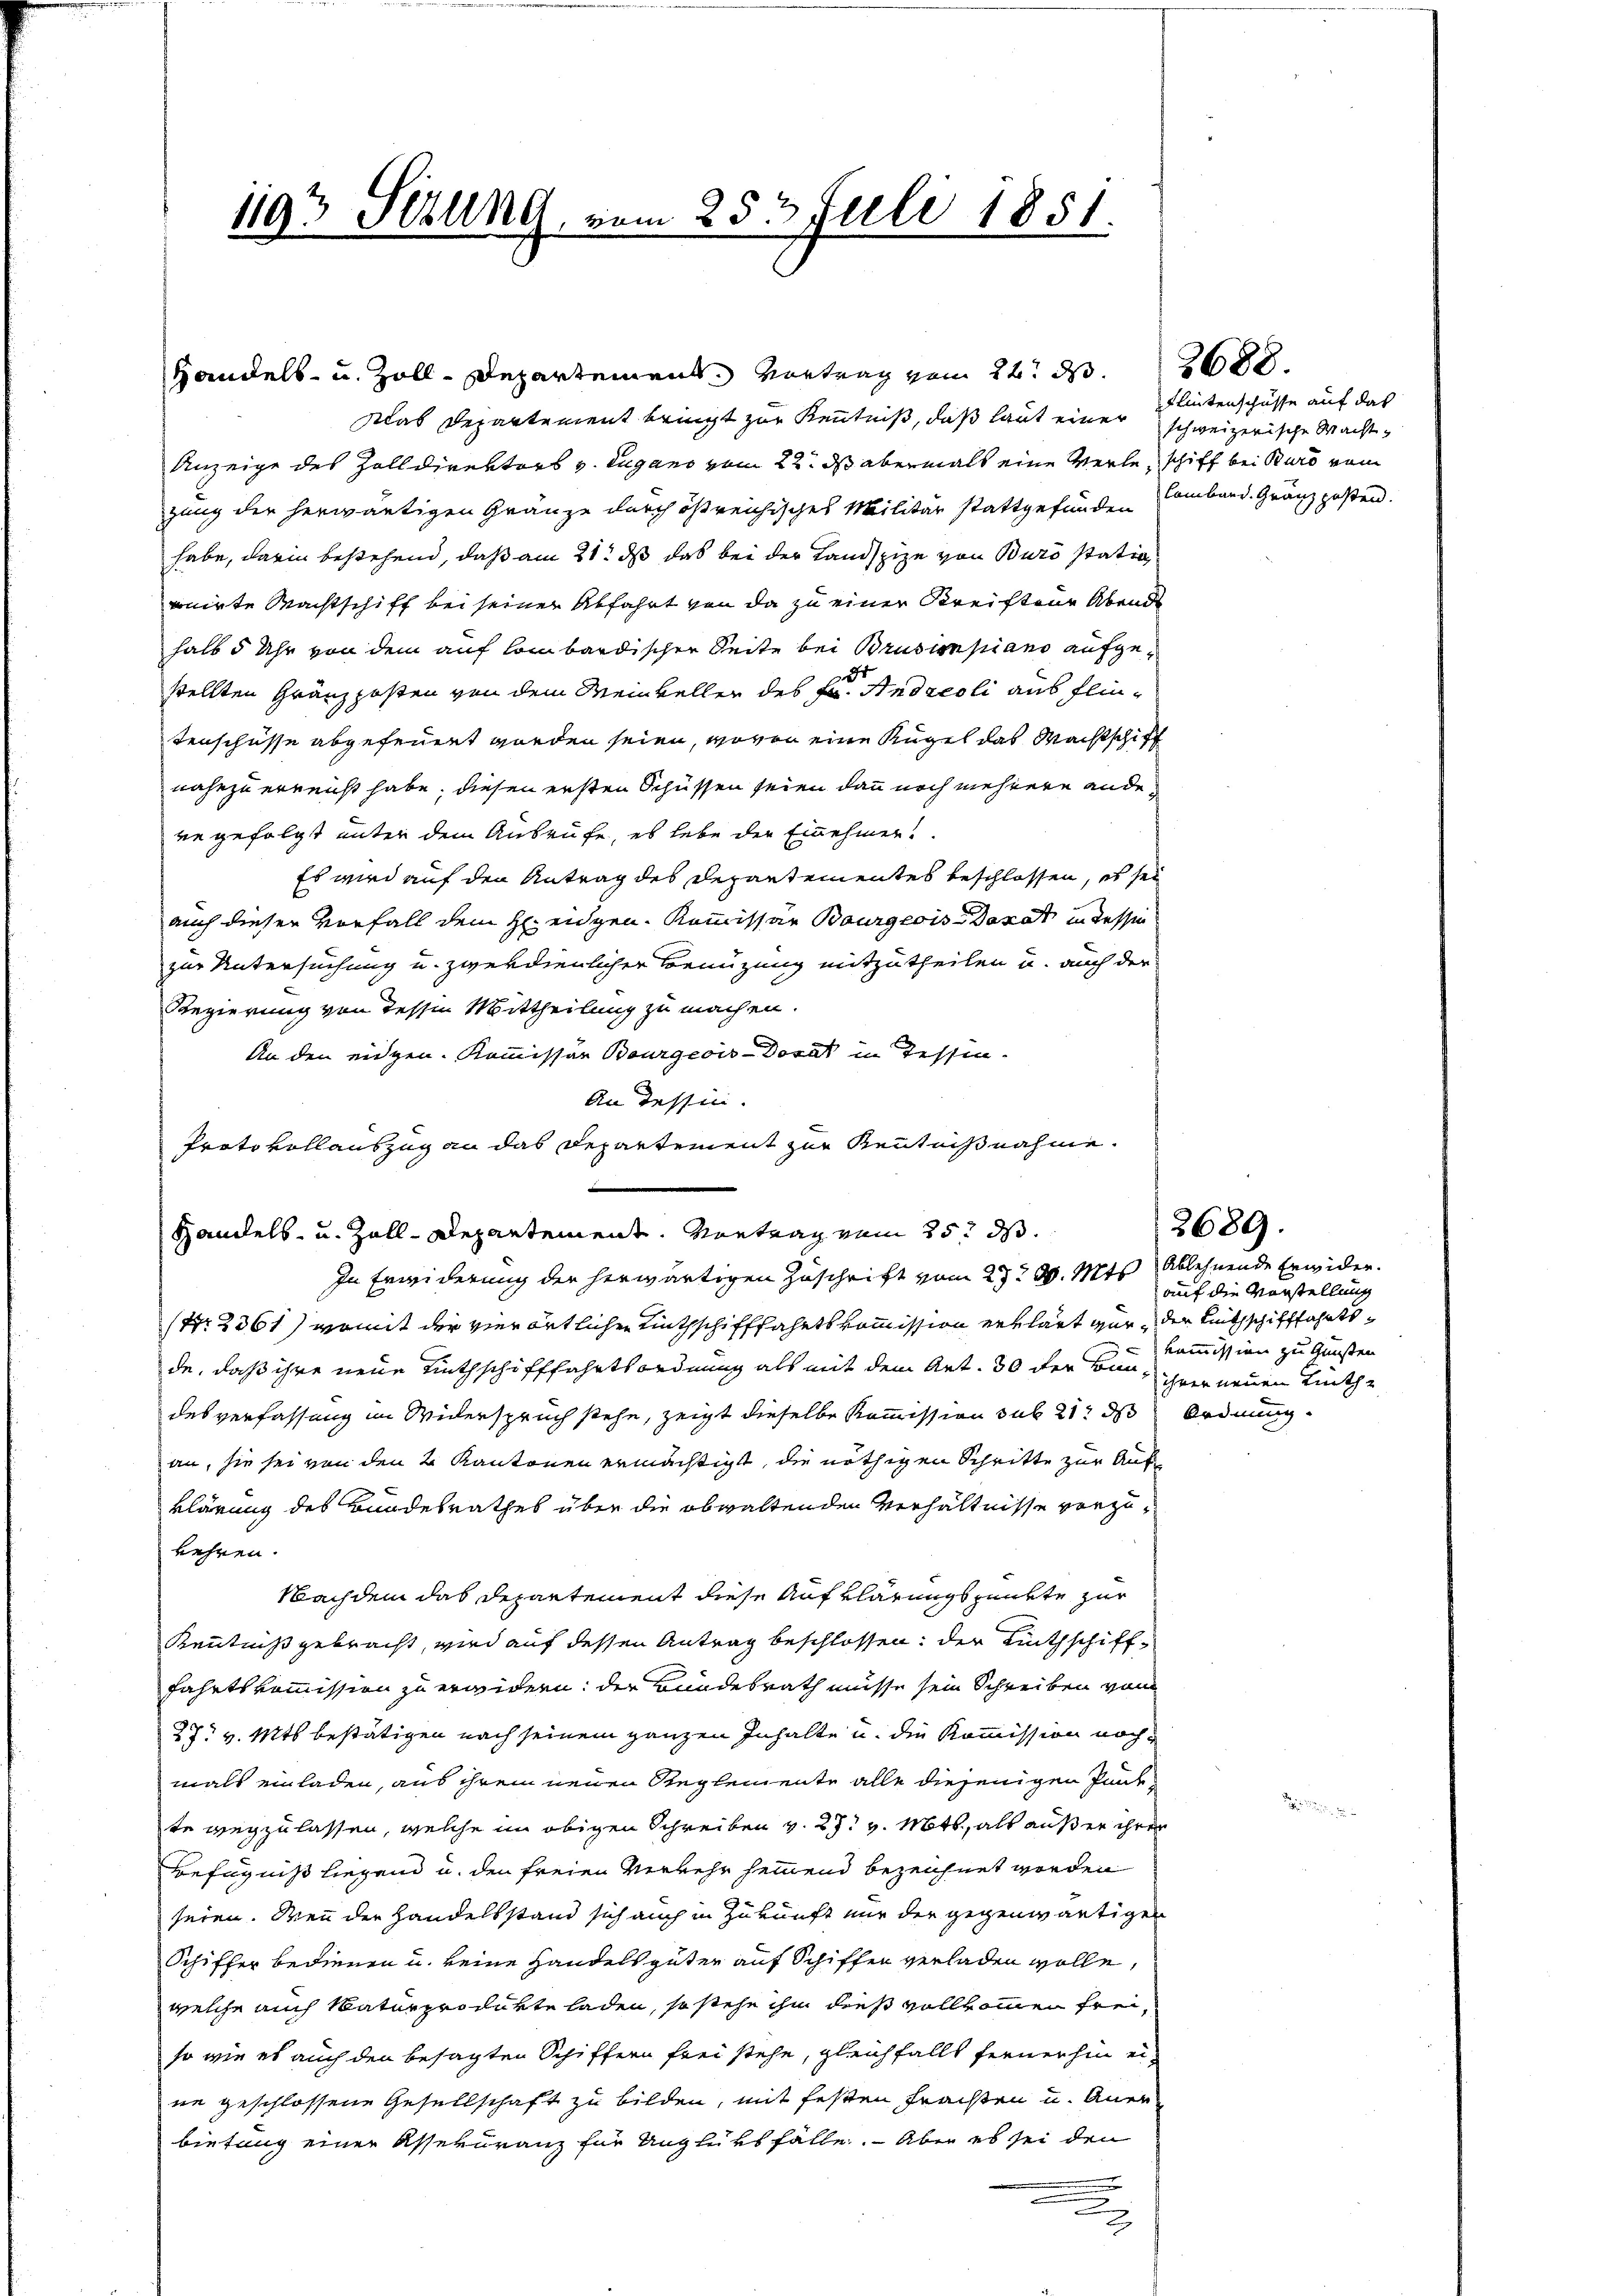
Handels- u. Zoll-Departement. Vortrag vom 24t d. 288.
slab Departement bringt zur Kenntniß, daß laut einer schweizerische Macht¬
Anzeige des Zolldirektors v. Lugano vom 22. ds abermals eine Verle, schiff bei Kurs vom
zung der herwärtigen Gränze durch östreichisches Militär stattgefunden
habe, darin bestehend, daß am 21t dß das bei der Landspize von Buro statio
ponirte Machtschift bei seiner Abfahrt von da zu einer Kreiften Abends
halb 5 Uhr von dem auf lombardischer Seite bei Brusionpiano aufge¬
3
stellten Gränzposten von dem Meinkeller des Fr. Andreoli aus flintenschüsse abgefeuert worden seien, wovon eine Rügel das Machtschiff
nahezu erreicht habe, diesen ersten Schüssen seien dann noch mehrere anderegefolgt unter dem Ausrufe, es habe der Einehmen.
Es wird auf den Antrag des Departementes beschlossen, es sei
auch dieser Vorfall dem H. eidgen. Kommissar Bourgeois Donat in dessen
zur Untersuchung u. zwerdienlicher Benuzung mitzutheilen u. auch der
Regierung von Tessin Mittheilung zu machen.
An den eidgen. Kommissär Bourgeois Dosat in Tessin.
An Tessin.
Protokollauszug an das Departement zur Kenntnißnahme.
Handels- u. Zoll-Departement. Vortrag vom 25. d.
In Erwiderung der herwärtigen Zuschrift vom 23 t d. Mts. Ablehnende Erwider¬
(Nr. 2361) womit der vierörtlichen Linthschifffahrtskommission erklärt gar, der Litschifffahrtsde, daß ihre neue Linthschifffahrtsordnung als mit dem Art. 30 der Bundesverfassung im Widerspruch stehe, zeigt dieselbe Kommission sub 21 des Ordnung
an, sie sei von den 2 Kantonen ermächtigt, die nöthigen Schritte zur Auf
klärung des Bundesrathes über die obwaltenden Verhältnisse vorzuwehren.
Nachdem das Departement diese Aufklärungspunkte zur
Kenntniß gebracht, wird auf dessen Antrag beschlossen, der Linthschifffahrtskommission zu erwidern: der Bundesrath müsse sein Schreiben von
27. v. Mts. bestätigen nach seinem ganzen Inhalte u. die Kommission nochmals einladen, aus ihrem neuen Reglemente alle diejenigen Punkte wegzulassen, welche im obigen Schreiben v. 27. v. Mott, als außer ihren
Befugniß liegend u. den freien Verkehr heimend bezeichnet worden
seien. Wenn der Handelsstand sich auch in Zukunft nur der gegenwärtigen
Schiffer bedienen u. keine Handels güter auf Schiffen verladen wolle,
welche auch Naturprodukte laden, so stehe ihm dies vollkommen freiso wie es auch den besagten Schiffern frei stehe, gleichfalls fernerhin eine geschlossene Gesellschaft zu bilden, mit festen Frachten u. Anerbietung einer Assekuranz für Unglüksfälle. Aber es sei den
d

1193 Sizung, vom 25t Juli 1851.

Fleitenschüsse auf das
lombard. Gränz posten.

2689.

auf die Vorstellung
Kommission zu Gunsten
ihrer neuen Linthe